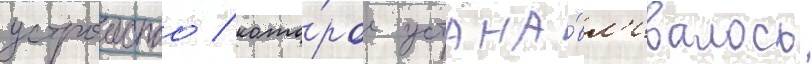
устроиство / кото́рое устана́вл'ивалось